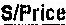
S/PRICE